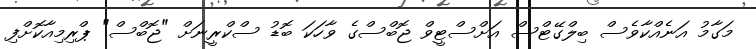
މަގާމު އަނެއްކާވެސް ބިލްގޭޓްސް އަށްސްޓީވް ޖޮބްސްގެ ވާހަކަ ބޮޑު ސްކްރީނަށް "ޖޮބްސް" ޕްރިމިއާކޮށްފި